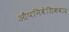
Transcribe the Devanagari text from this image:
औपनिवेशिकवाद